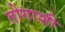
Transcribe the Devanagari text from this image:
तोगाशी